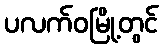
ပလက်ဝမြို့တွင်